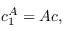
c _ { 1 } ^ { A } = A c ,